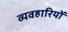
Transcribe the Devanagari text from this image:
व्यवहारियों